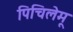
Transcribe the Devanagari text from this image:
पिचिलेमू